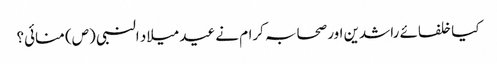
کیا خلفائے راشدین اور صحابہ کرام نے عید میلاد النبی (ص) منائی؟